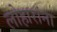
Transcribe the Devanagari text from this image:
लोहारांना